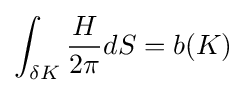
\int _{\delta K}{\frac {H}{2\pi }}dS=b(K)